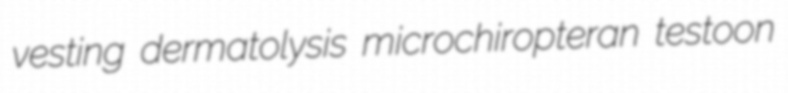
vesting dermatolysis microchiropteran testoon